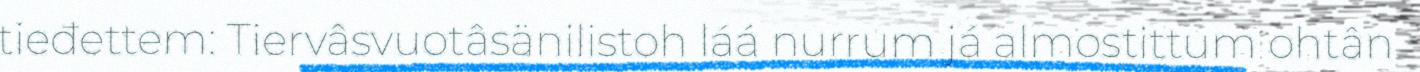
tieđettem: Tiervâsvuotâsänilistoh láá nurrum já almostittum ohtân